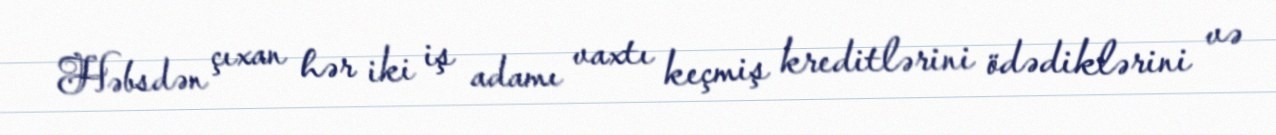
Həbsdən çıxan hər iki iş adamı vaxtı keçmiş kreditlərini ödədiklərini və